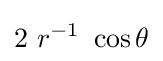
2~r^{-1}~\cos \theta